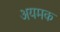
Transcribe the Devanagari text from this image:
अयमक